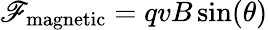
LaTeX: \mathscr{F}_{\mathrm{{magnetic}}}=qvB\sin(\theta)